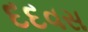
દદવસ